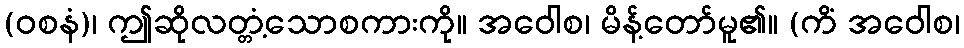
(ဝစနံ)၊ ဤဆိုလတ္တံ့သောစကားကို။ အဝေါစ၊ မိန့်တော်မူ၏။ (ကိံ အဝေါစ၊